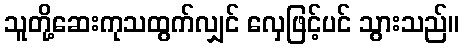
သူတို့ဆေးကုသထွက်လျှင် လှေဖြင့်ပင် သွားသည်။